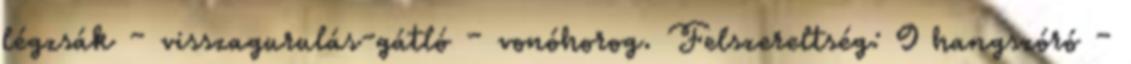
légzsák – visszagurulás-gátló – vonóhorog. Felszereltség: 9 hangszóró –